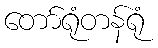
တော်ရုံတန်ရုံ